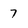
Character: 7